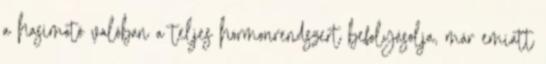
a hasimotó valóban a teljes hormonrendszert befolyásolja, már emiatt